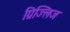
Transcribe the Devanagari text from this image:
ग्रिज्लिज